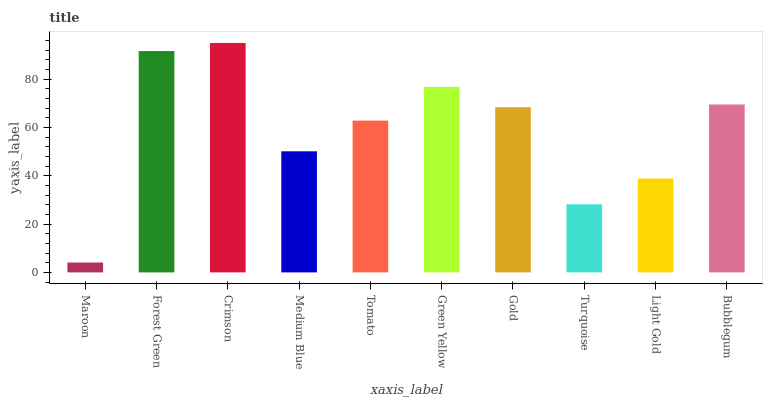
| xaxis_label | bars |
 | --- | --- |
 | Maroon | 4.1 |
 | Forest Green | 91.7 |
 | Crimson | 95 |
 | Medium Blue | 50.1 |
 | Tomato | 62.9 |
 | Green Yellow | 76.8 |
 | Gold | 68.4 |
 | Turquoise | 28.2 |
 | Light Gold | 38.9 |
 | Bubblegum | 69.5 |